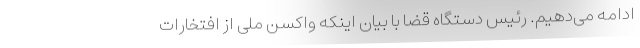
ادامه می‌دهیم. رئیس دستگاه قضا با بیان اینکه واکسن ملی از افتخارات